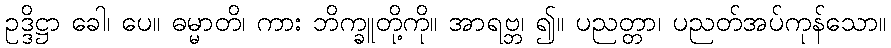
ဥဒ္ဒိဋ္ဌာ ခေါ၊ ပေ။ ဓမ္မာတိ၊ ကား ဘိက္ခူတို့ကို။ အာရဗ္ဘ၊ ၍။ ပညတ္တာ၊ ပညတ်အပ်ကုန်သော။